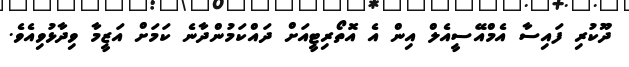
ދޫކުރި ފައިސާ އެމްއޭސީއެލް އިން އެ އޮތޯރިޓީއަށް ދައްކަމުންދާނެ ކަމަށް އަޒީމާ ވިދާޅުވިއެވެ.